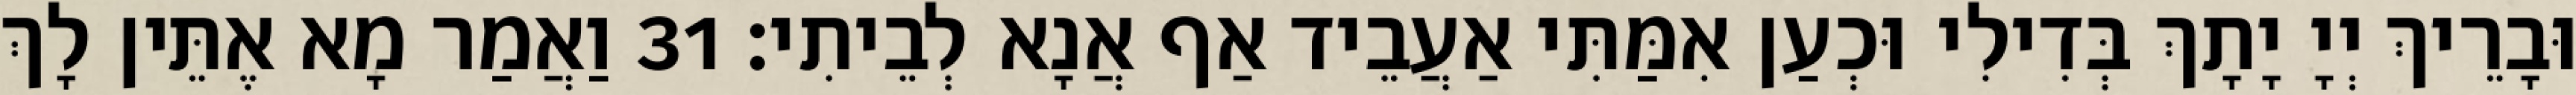
וּבָרֵיךְ יְיָ יָתָךְ בְּדִילִי וּכְעַן אִמַּתִּי אַעֲבֵיד אַף אֲנָא לְבֵיתִי׃ 31 וַאֲמַר מָא אֶתֵּין לָךְ